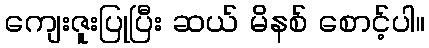
ကျေးဇူးပြုပြီး ဆယ် မိနစ် စောင့်ပါ။